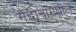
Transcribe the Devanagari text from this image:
मैदानामधील